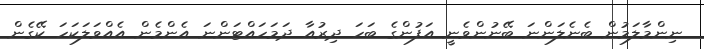
ނިންމާލަމުން ބެނެލަންނަ ބޭނުންވެނީ އަފުންގެ ބަހަ ދިރުއާ ދަމަހައްޓަންނަ އެންމެން އެއްވަލަކަހަ ކޭގެން